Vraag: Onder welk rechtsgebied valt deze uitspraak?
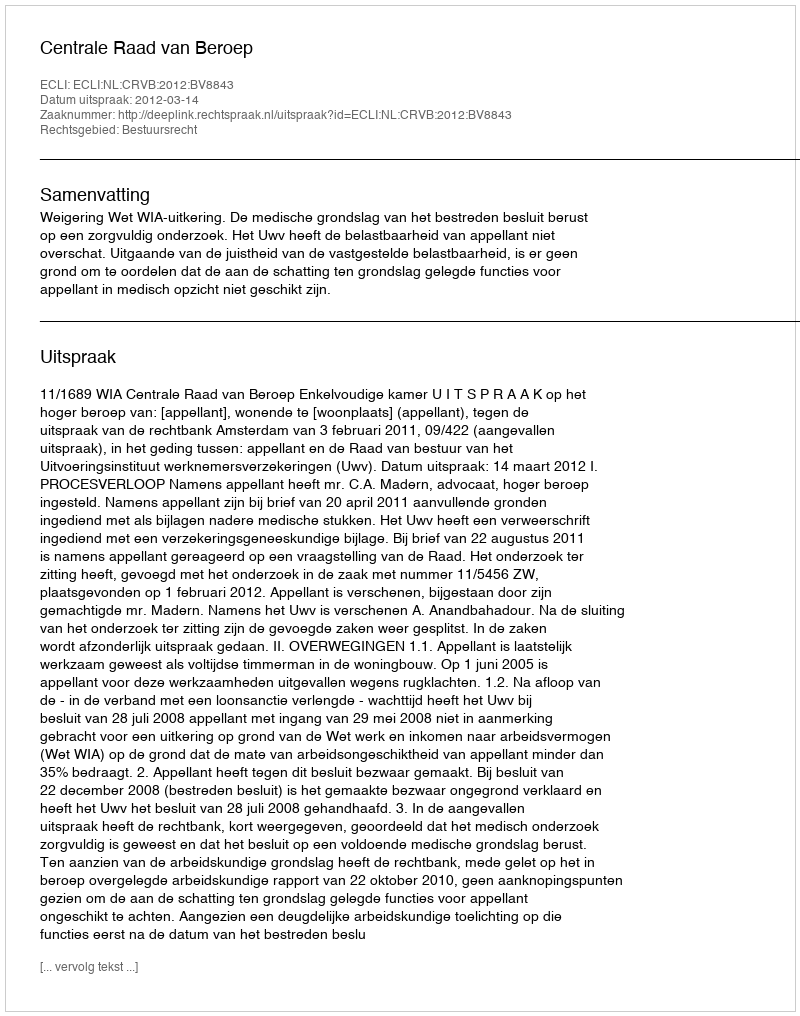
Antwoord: Bestuursrecht